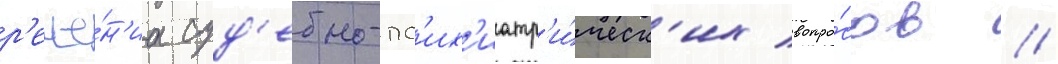
р'еше́н'иа суд'ебно-пс'их'иатр'и́ческ'их вопро́сов //